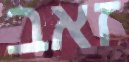
זאב